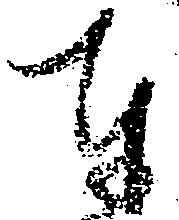
奉